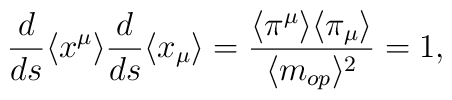
\frac{d}{ds}  \langle x^\mu\rangle\frac{d}{ds}\langle  x_\mu  \rangle=\frac{\langle \pi^\mu \rangle \langle \pi_\mu\rangle }{\langle m_{op}\rangle^2}=1,